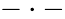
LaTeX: -\cdot-